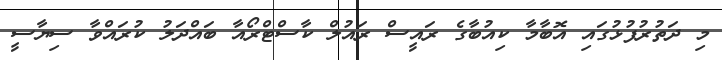
މި ދަތުރުފުޅުގައި އޮބާމާ ކިއުބާގެ ރައީސް ރައުލް ކާސްޓްރޯއާ ބައްދަލު ކުރައްވާ ސިޔާސީ